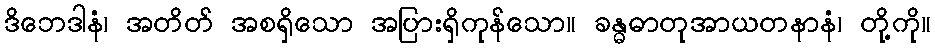
ဒိဘေဒါနံ၊ အတိတ် အစရှိသော အပြားရှိကုန်သော။ ခန္ဓဓာတုအာယတနာနံ၊ တို့ကို။